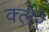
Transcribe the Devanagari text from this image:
क्लेरे